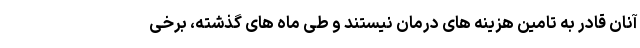
آنان قادر به تامین هزینه های درمان نیستند و طی ماه های گذشته، برخی